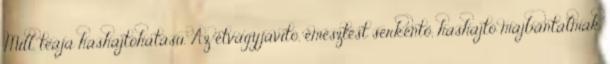
Mill. teája hashajtóhatású. Az étvágyjavító, emésztést serkentő, hashajtó májbántalmak